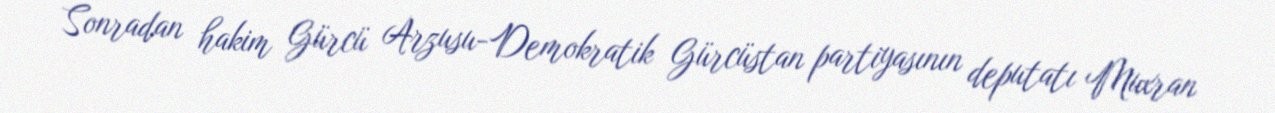
Sonradan hakim Gürcü Arzusu-Demokratik Gürcüstan partiyasının deputatı Muxran